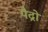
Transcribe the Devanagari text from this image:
पैद्रो